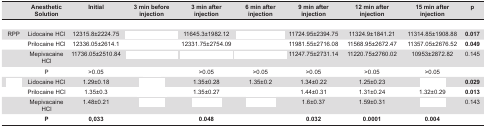
<table><thead><tr><td>[EMPTY_CELL]</td><td><b>Anesthetic Solution</b></td><td><b>Initial</b></td><td><b>3 min before injection</b></td><td><b>3 min after injection</b></td><td><b>6 min after injection</b></td><td><b>9 min after injection</b></td><td><b>12 min after injection</b></td><td><b>15 min after injection</b></td><td><b>P</b></td></tr></thead><tbody><tr><td>[EMPTY_CELL]</td><td>[EMPTY_CELL]</td><td>[EMPTY_CELL]</td><td>[EMPTY_CELL]</td><td>[EMPTY_CELL]</td><td>[EMPTY_CELL]</td><td>[EMPTY_CELL]</td><td>[EMPTY_CELL]</td><td>[EMPTY_CELL]</td><td>[EMPTY_CELL]</td></tr><tr><td>RPP</td><td>Lidocaine HCl</td><td>12315.8±2224.75</td><td>[EMPTY_CELL]</td><td>11645.3±1982.12</td><td>[EMPTY_CELL]</td><td>11724.95±2394.75</td><td>11324.9±1841.21</td><td>11314.85±1908.88</td><td><b>0.017</b></td></tr><tr><td>[EMPTY_CELL]</td><td>Prilocaine HCl</td><td>12336.05±2614.1</td><td>[EMPTY_CELL]</td><td>12331.75±2754.09</td><td>[EMPTY_CELL]</td><td>11981.55±2716.08</td><td>11568.95±2672.47</td><td>11357.05±2676.52</td><td><b>0.049</b></td></tr><tr><td>[EMPTY_CELL]</td><td>Mepivacaine HCl</td><td>11736.05±2510.84</td><td>[EMPTY_CELL]</td><td>[EMPTY_CELL]</td><td>[EMPTY_CELL]</td><td>11247.75±2731.14</td><td>11220.75±2760.02</td><td>10953±2872.82</td><td>0.145</td></tr><tr><td>[EMPTY_CELL]</td><td>P</td><td>&gt;0.05</td><td>[EMPTY_CELL]</td><td>&gt;0.05</td><td>&gt;0.05</td><td>&gt;0.05</td><td>&gt;0.05</td><td>&gt;0.05</td><td>[EMPTY_CELL]</td></tr><tr><td>[EMPTY_CELL]</td><td>Lidocaine HCl</td><td>1.29±0.18</td><td>[EMPTY_CELL]</td><td>1.35±0.28</td><td>1.35±0.2</td><td>1.34±0.22</td><td>1.25±0.23</td><td>[EMPTY_CELL]</td><td><b>0.029</b></td></tr><tr><td>[EMPTY_CELL]</td><td>Prilocaine HCl</td><td>1.35±0.3</td><td>[EMPTY_CELL]</td><td>1.35±0.27</td><td>[EMPTY_CELL]</td><td>1.44±0.31</td><td>1.31±0.24</td><td>1.32±0.29</td><td><b>0.013</b></td></tr><tr><td>[EMPTY_CELL]</td><td>Mepivacaine HCl</td><td>1.48±0.21</td><td>[EMPTY_CELL]</td><td>[EMPTY_CELL]</td><td>[EMPTY_CELL]</td><td>1.6±0.37</td><td>1.59±0.31</td><td>[EMPTY_CELL]</td><td>0.143</td></tr><tr><td>[EMPTY_CELL]</td><td><b>P</b></td><td><b>0,033</b></td><td>[EMPTY_CELL]</td><td><b>0.048</b></td><td>[EMPTY_CELL]</td><td><b>0.032</b></td><td><b>0.0001</b></td><td><b>0.004</b></td><td>[EMPTY_CELL]</td></tr></tbody></table>